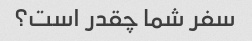
سفر شما چقدر است؟